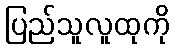
ပြည်သူလူထုကို